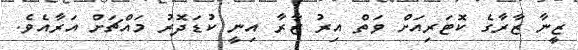
ޒީނާ ޒާރާގެ ކޮޓަރިއަށް ވަތް އިރު ޒާރާ އިނީ ކުޑަދޮރު މައްޗަށް އަރާއެވެ.